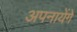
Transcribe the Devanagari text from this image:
अपनायेंगे